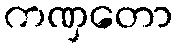
ကဏှတော